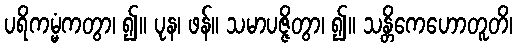
ပရိကမ္မံကတွာ၊ ၍။ ပုန၊ ဖန်။ သမာပဇ္ဇိတွာ၊ ၍။ သန္တိကေဟောတူတိ၊